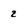
Character: 2